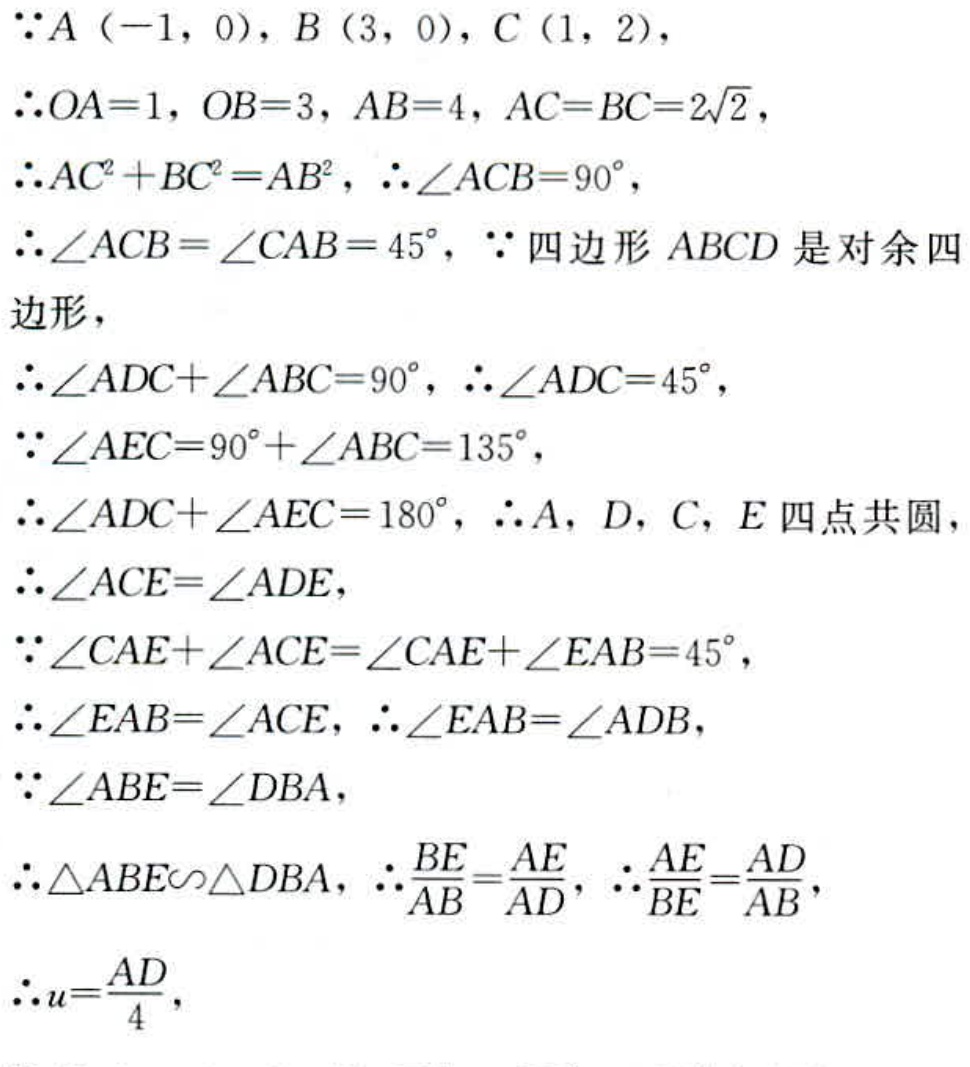
\(\because A(-1,0), B(3,0), C(1,2),\)
\(\therefore OA = 1, OB = 3, AB = 4, AC = BC = 2\sqrt{2},\)
\(\therefore AC^{2}+BC^{2}=AB^{2}, \therefore \angle ACB = 90^{\circ},\)
\(\therefore \angle ACB=\angle CAB = 45^{\circ}, \because\)四边形 \(ABCD\) 是对余四边形,
\(\therefore \angle ADC+\angle ABC = 90^{\circ}, \therefore \angle ADC = 45^{\circ},\)
\(\because \angle AEC = 90^{\circ}+\angle ABC = 135^{\circ},\)
\(\therefore \angle ADC+\angle AEC = 180^{\circ}, \therefore A, D, C, E\) 四点共圆,
\(\therefore \angle ACE=\angle ADE,\)
\(\because \angle CAE+\angle ACE=\angle CAE+\angle EAB = 45^{\circ},\)
\(\therefore \angle EAB=\angle ACE, \therefore \angle EAB=\angle ADB,\)
\(\because \angle ABE=\angle DBA,\)
\(\therefore \triangle ABE\backsim\triangle DBA, \therefore \frac{BE}{AB}=\frac{AE}{AD}, \therefore \frac{AE}{BE}=\frac{AD}{AB},\)
\(\therefore u = \frac{AD}{4},\)